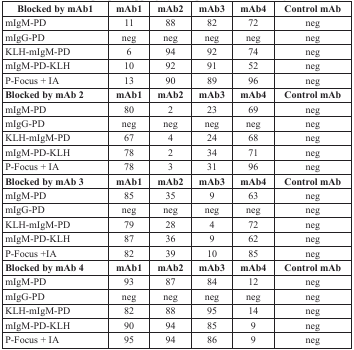
| Blocked by mAb1 | mAb1 | mAb2 | mAb3 | mAb4 | Control mAb |
 | --- | --- | --- | --- | --- | --- |
 | mIgM-PD | 11 | 88 | 82 | 72 | neg |
 | mIgG-PD | neg | neg | neg | neg | neg |
 | KLH-mIgM-PD | 6 | 94 | 92 | 74 | neg |
 | mIgM-PD-KLH | 10 | 92 | 91 | 52 | neg |
 | P-Focus + IA | 13 | 90 | 89 | 96 | neg |
 | Blocked by mAb 2 | mAb1 | mAb2 | mAb3 | mAb4 | Control mAb |
 | mIgM-PD | 80 | 2 | 23 | 69 | neg |
 | mIgG-PD | neg | neg | neg | neg | neg |
 | KLH-mIgM-PD | 67 | 4 | 24 | 68 | neg |
 | mIgM-PD-KLH | 78 | 2 | 34 | 71 | neg |
 | P-Focus + IA | 78 | 3 | 31 | 96 | neg |
 | Blocked by mAb 3 | mAb1 | mAb2 | mAb3 | mAb4 | Control mAb |
 | mIgM-PD | 85 | 35 | 9 | 63 | neg |
 | mIgG-PD | neg | neg | neg | neg | neg |
 | KLH-mIgM-PD | 79 | 28 | 4 | 72 | neg |
 | mIgM-PD-KLH | 87 | 36 | 9 | 62 | neg |
 | P-Focus +IA | 82 | 39 | 10 | 85 | neg |
 | Blocked by mAb 4 | mAb1 | mAb2 | mAb3 | mAb4 | Control mAb |
 | mIgM-PD | 93 | 87 | 84 | 12 | neg |
 | mIgG-PD | neg | neg | neg | neg | neg |
 | KLH-mIgM-PD | 82 | 88 | 95 | 14 | neg |
 | mIgM-PD-KLH | 90 | 94 | 85 | 9 | neg |
 | P-Focus + IA | 95 | 94 | 86 | 9 | neg |